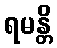
ရမန္တိ